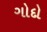
ગોદો